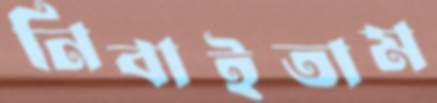
নিবাইতাম